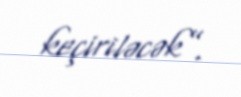
keçiriləcək”.